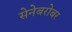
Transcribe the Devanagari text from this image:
सेनेबरोबर